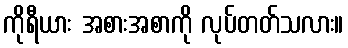
ကိုရီယား အစားအစာကို လုပ်တတ်သလား။